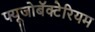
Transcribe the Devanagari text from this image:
फ्यूजोबॅक्टेरियम